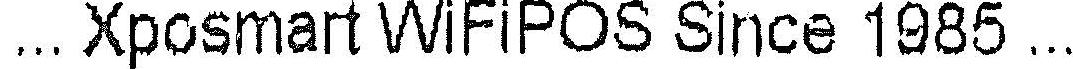
...XPOSMART WIFIPOS SINCE 1985...